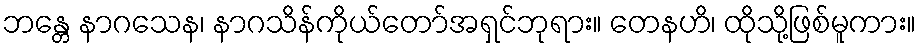
ဘန္တေ နာဂသေန၊ နာဂသိန်ကိုယ်တော်အရှင်ဘုရား။ တေနဟိ၊ ထိုသို့ဖြစ်မူကား။